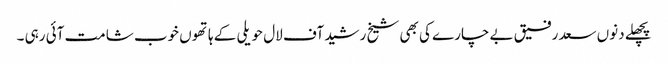
پچھلے دنوں سعد رفیق بے چارے کی بھی شیخ رشید آف لال حویلی کے ہاتھوں خوب شامت آئی رہی ۔